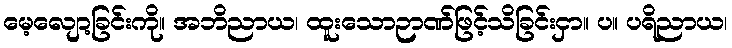
မေ့လျော့ခြင်းကို။ အဘိညာယ၊ ထူးသောဉာဏ်ဖြင့်သိခြင်းငှာ။ ပ။ ပရိညာယ၊